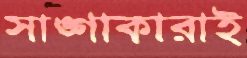
সাঙ্গাকারাই